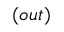
( o u t )